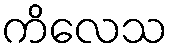
ကိလေသ